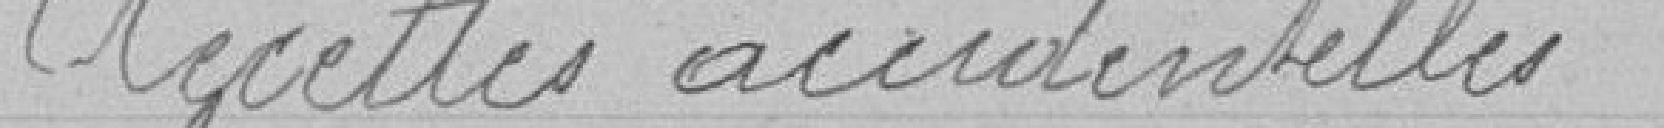
Recettes accidentelles